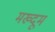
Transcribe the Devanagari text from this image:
मख्दूम